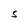
Character: S